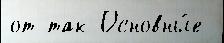
от так Основны́е